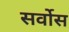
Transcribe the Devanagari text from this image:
सर्वोस